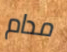
مدام